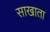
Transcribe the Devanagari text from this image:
साखाता